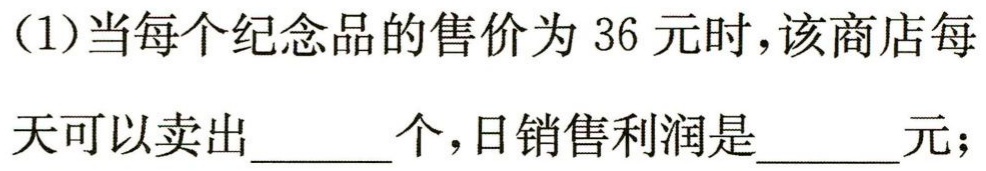
(1)当每个纪念品的售价为 36 元时，该商店每天可以卖出______个，日销售利润是______元；